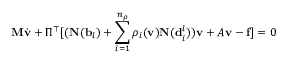
\ensuremath { \mathbf { M } } \dot { \ensuremath { \mathbf { v } } } + \Pi ^ { \top } [ ( \ensuremath { \mathbf { N } } ( \ensuremath { \mathbf { b } } _ { l } ) + \sum _ { i = 1 } ^ { n _ { \rho } } \rho _ { i } ( \ensuremath { \mathbf { v } } ) \ensuremath { \mathbf { N } } ( \ensuremath { \mathbf { d } } _ { i } ^ { l } ) ) \ensuremath { \mathbf { v } } + A \ensuremath { \mathbf { v } } - \ensuremath { \mathbf { f } } ] = 0